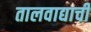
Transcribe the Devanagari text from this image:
तालवाद्याची